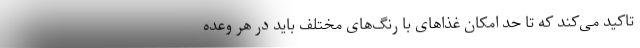
تاکید می‌کند که تا حد امکان غذاهای با رنگ‌های مختلف باید در هر وعده